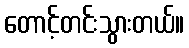
တောင့်တင်းသွားတယ်။